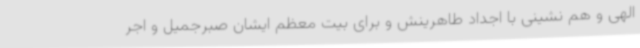
الهی و هم نشینی با اجداد طاهرینش و برای بیت معظم ایشان صبرجمیل و اجر